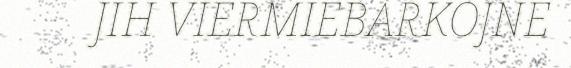
JIH VIERMIEBARKOJNE